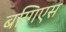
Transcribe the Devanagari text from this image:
बग्गिएस